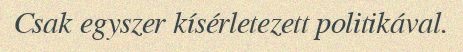
Csak egyszer kísérletezett politikával.